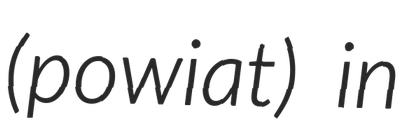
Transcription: (powiat) in